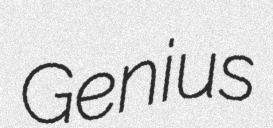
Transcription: Genius